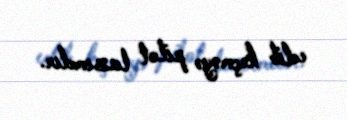
edib keçməyə pilot lazımdır.